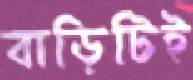
বাড়িটিই